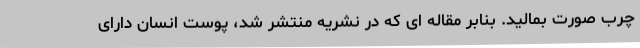
چرب صورت بمالید. بنابر مقاله ای که در نشریه منتشر شد، پوست انسان دارای